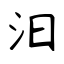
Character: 汩